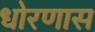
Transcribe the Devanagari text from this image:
धोरणास